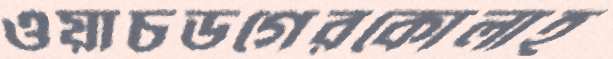
ওয়াচডগেরকোলাহ